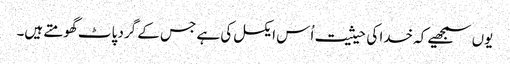
یوں سمجھیے کہ خدا کی حیثیت اُس ایکسل کی ہے جس کے گرد پاٹ گھومتے ہیں۔